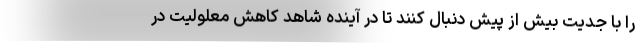
را با جدیت بیش از پیش دنبال کنند تا در آینده شاهد کاهش معلولیت در